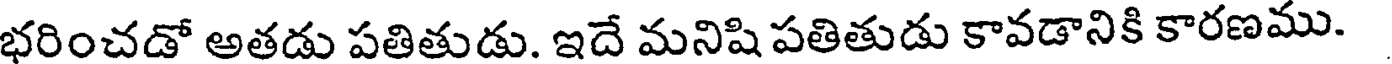
భరించడో అతడు పతితుడు. ఇదే మనిషి పతితుడు కావడానికి కారణము.